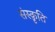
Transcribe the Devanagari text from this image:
संस्‍क़ृति